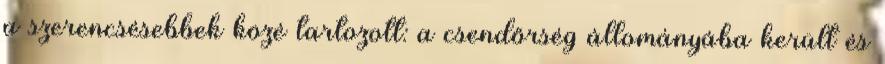
a szerencsésebbek közé tartozott: a csendőrség állományába került és